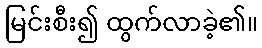
မြင်းစီး၍ ထွက်လာခဲ့၏။